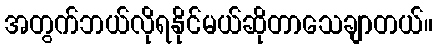
အတွက်ဘယ်လိုရနိုင်မယ်ဆိုတာသေချာတယ်။